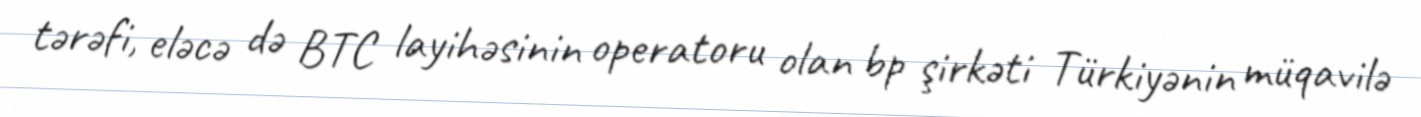
tərəfi, eləcə də BTC layihəsinin operatoru olan bp şirkəti Türkiyənin müqavilə